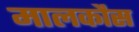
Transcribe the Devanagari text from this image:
मालकौस